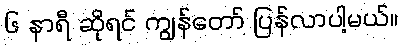
၆ နာရီ ဆိုရင် ကျွန်တော် ပြန်လာပါ့မယ်။